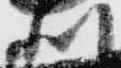
利